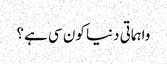
واہماتی دنیا کون سی ہے؟